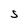
Character: S